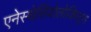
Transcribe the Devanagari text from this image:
एनेस्थेसियोलोजिस्ट्स